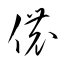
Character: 儂